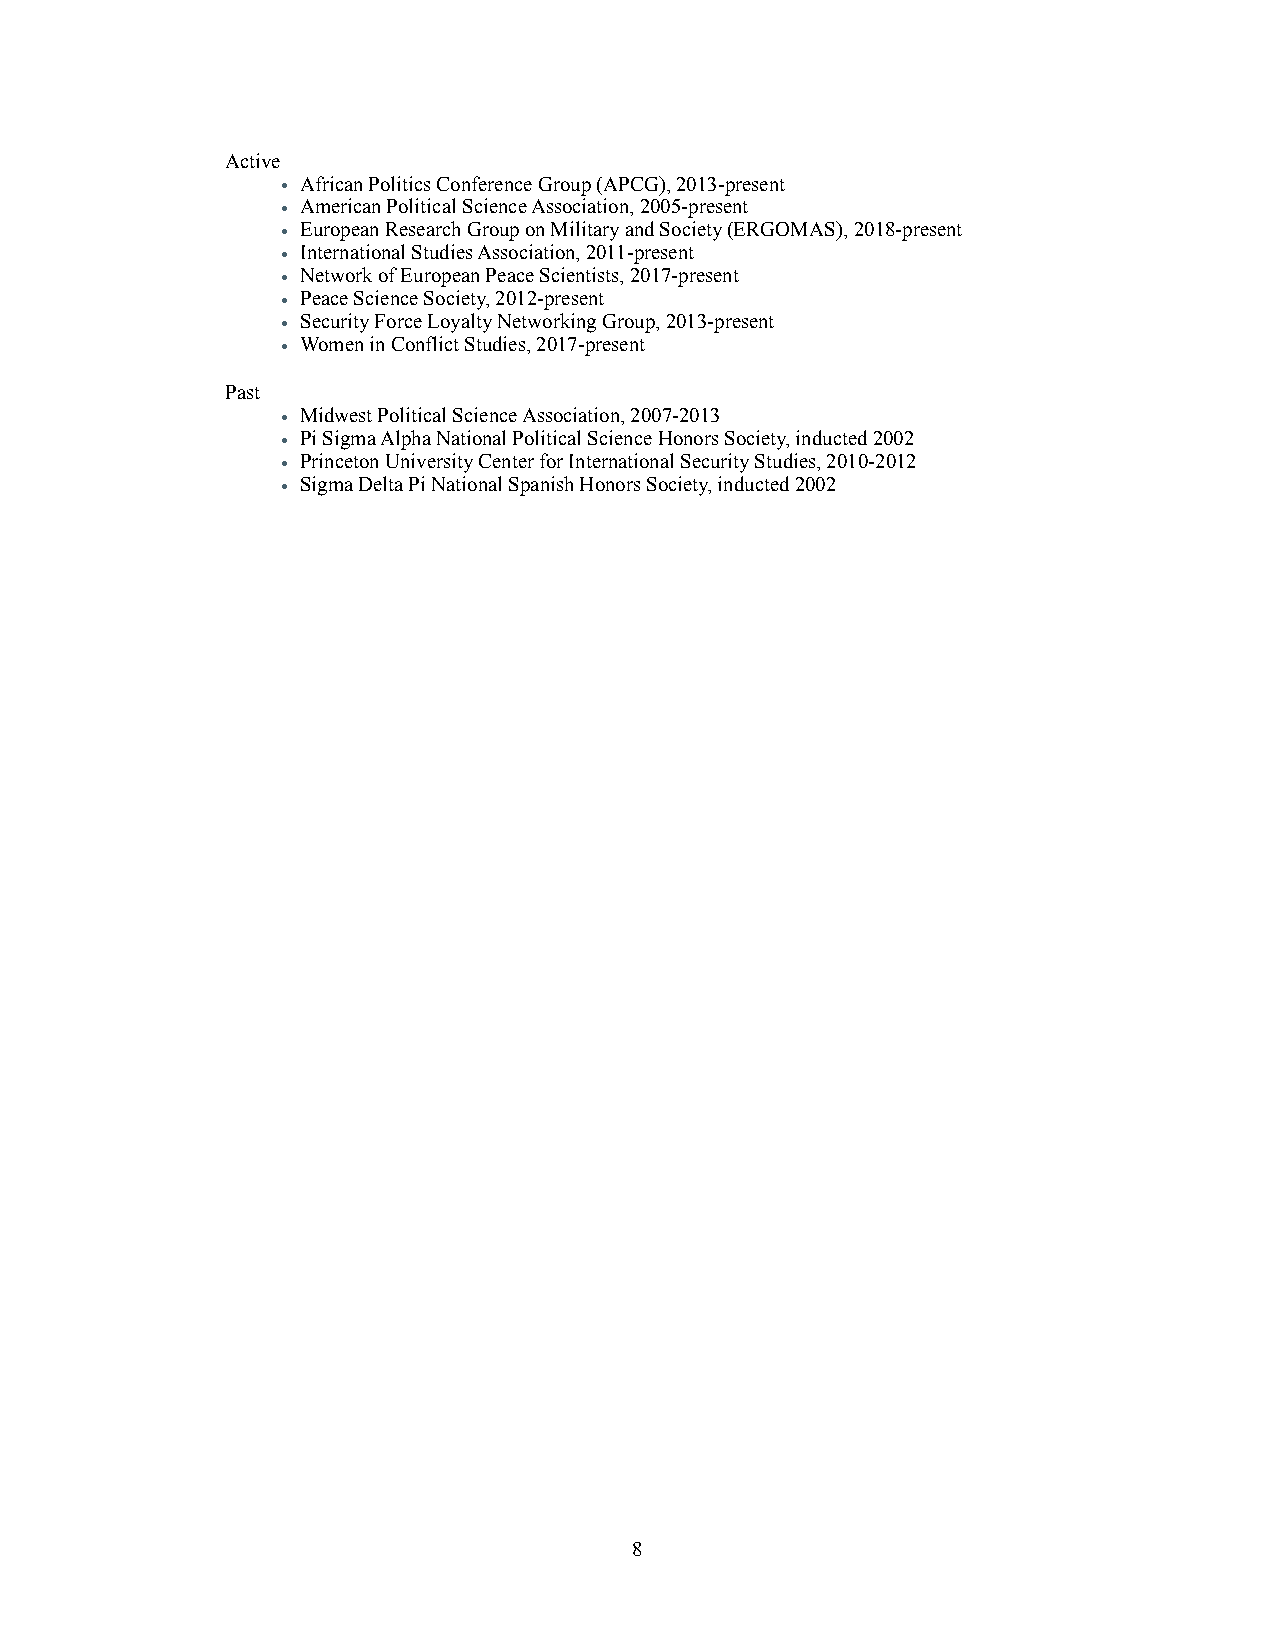
Active
 • African Politics Conference Group (APCG), 2013-present
 • American Political Science Association, 2005-present
 • European Research Group on Military and Society (ERGOMAS), 2018-present
 • International Studies Association, 2011-present
 • Network of European Peace Scientists, 2017-present
 • Peace Science Society, 2012-present
 • Security Force Loyalty Networking Group, 2013-present
 • Women in Conflict Studies, 2017-present
 Past
 • Midwest Political Science Association, 2007-2013
 • Pi Sigma Alpha National Political Science Honors Society, inducted 2002
 • Princeton University Center for International Security Studies, 2010-2012
 • Sigma Delta Pi National Spanish Honors Society, inducted 2002
 8